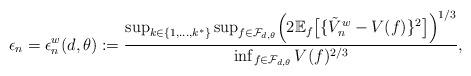
LaTeX: \begin{align*}\epsilon_n = \epsilon_n^w(d,\theta) := \frac{\sup_{k \in \{1,\ldots,k^*\}} \sup_{f \in \mathcal{F}_{d,\theta}} \Bigl(2\mathbb{E}_f\bigl[\{\tilde{V}_n^w - V(f)\}^2\bigr]\Bigr)^{1/3}}{\inf_{f \in \mathcal{F}_{d,\theta}} V(f)^{2/3}},\end{align*}